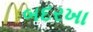
બદરખા